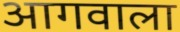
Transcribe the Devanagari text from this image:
आगवाला